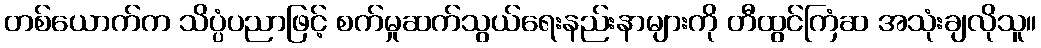
တစ်ယောက်က သိပ္ပံပညာဖြင့် စက်မှုဆက်သွယ်ရေးနည်းနာများကို တီထွင်ကြံဆ အသုံးချလိုသူ။